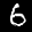
Label: 6